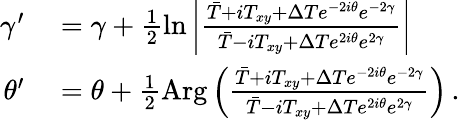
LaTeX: \begin{array}{rl}{\gamma^{\prime}}&{{}=\gamma+\frac{1}{2}\ln\left\vert\frac{\bar{T}+iT_{xy}+\Delta Te^{-2i\theta}e^{-2\gamma}}{\bar{T}-iT_{xy}+\Delta Te^{2i\theta}e^{2\gamma}}\right\vert}\\ {\theta^{\prime}}&{{}=\theta+\frac{1}{2}\mathrm{Arg}\left(\frac{\bar{T}+iT_{xy}+\Delta Te^{-2i\theta}e^{-2\gamma}}{\bar{T}-iT_{xy}+\Delta Te^{2i\theta}e^{2\gamma}}\right)\, .}\end{array}